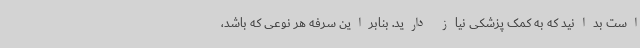
است بدانید که به کمک پزشکی نیاز دارید. بنابراین سرفه هر نوعی که باشد،